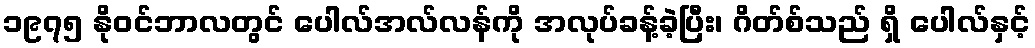
၁၉၇၅ နိုဝင်ဘာလတွင် ပေါလ်အလ်လန်ကို အလုပ်ခန့်ခဲ့ပြီး၊ ဂိတ်စ်သည် ရှိ ပေါလ်နှင့်